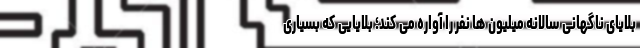
بلایای ناگهانی سالانه میلیون ها نفر را آواره می کند؛ بلایایی که بسیاری